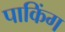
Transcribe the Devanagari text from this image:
पाकिंग